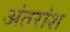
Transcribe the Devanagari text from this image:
अंतरांश